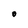
Character: O